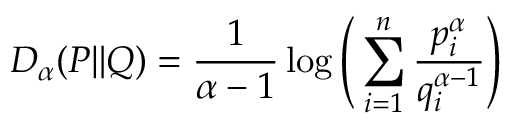
D _ { \alpha } ( P \| Q ) = { \frac { 1 } { \alpha - 1 } } \log { \Bigg ( } \sum _ { i = 1 } ^ { n } { \frac { p _ { i } ^ { \alpha } } { q _ { i } ^ { \alpha - 1 } } } { \Bigg ) }